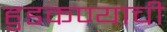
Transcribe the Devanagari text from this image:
हुडकण्याची